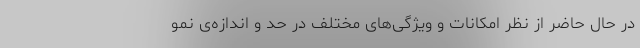
در حال حاضر از نظر امکانات و ویژگی‌های مختلف در حد و اندازه‌ی نمو